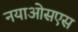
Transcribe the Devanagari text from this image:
नयाओसएस